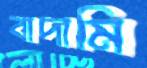
বাদামি